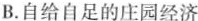
B.自给自足的庄园经济